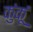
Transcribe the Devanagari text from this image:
कुंकूं